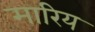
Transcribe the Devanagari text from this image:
मारिय